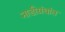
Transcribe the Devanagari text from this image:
नाडीग्रंथांत